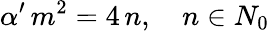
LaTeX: \alpha^{\prime}\, m^{2}=4\, n,\quad n\in N_{0}